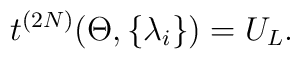
t^{(2N)}(\Theta ,\{\lambda _{i}\})=U_{L}.